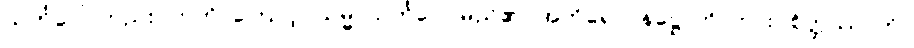
သင်္ကပ္ပေါ၊ တည်း။ ဣတိ၊ ကြောင့်။ သမ္မာသင်္ကပ္ပေါ၊ မည်၏။ အဘိရောပနဋ္ဌောတိ၊ ကား။ စိတ္တဿ၊ ကို။